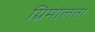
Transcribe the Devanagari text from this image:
ग्रिमोलता